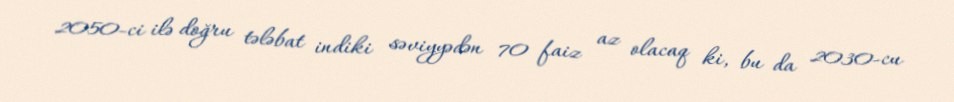
2050-ci ilə doğru tələbat indiki səviyyədən 70 faiz az olacaq ki, bu da 2030-cu